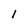
Character: 1